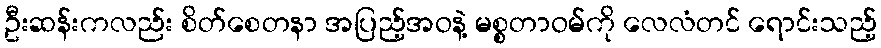
ဦးဆန်းကလည်း စိတ်စေတနာ အပြည့်အဝနဲ့ မစ္စတာဝမ်ကို လေလံတင် ရောင်းသည့်